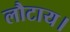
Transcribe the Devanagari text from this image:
लौटाय।